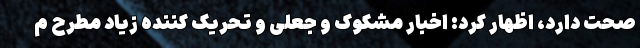
صحت دارد، اظهار کرد: اخبار مشکوک و جعلی و تحریک کننده زیاد مطرح م